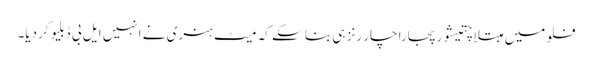
فلو میں مبتلا چتیشور پجارا چار رنز ہی بنا سکے کہ میٹ ہنری نے انہیں ایل بی ڈبلیو کر دیا۔